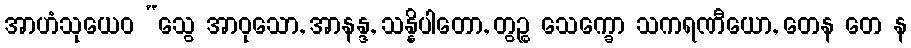
အာဟံသုယေဝ “သွေ အာဝုသော, အာနန္ဒ, သန္နိပါတော, တွဉ္စ သေက္ခော သကရဏီယော, တေန တေ န